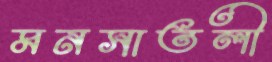
মনসাতলী